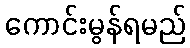
ကောင်းမွန်ရမည်